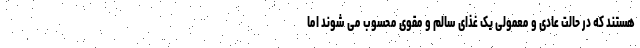
هستند که در حالت عادی و معمولی یک غذای سالم و مقوی محسوب می شوند اما